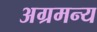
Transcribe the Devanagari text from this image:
अग्रमन्य